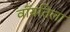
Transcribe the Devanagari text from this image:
वॉयतिला